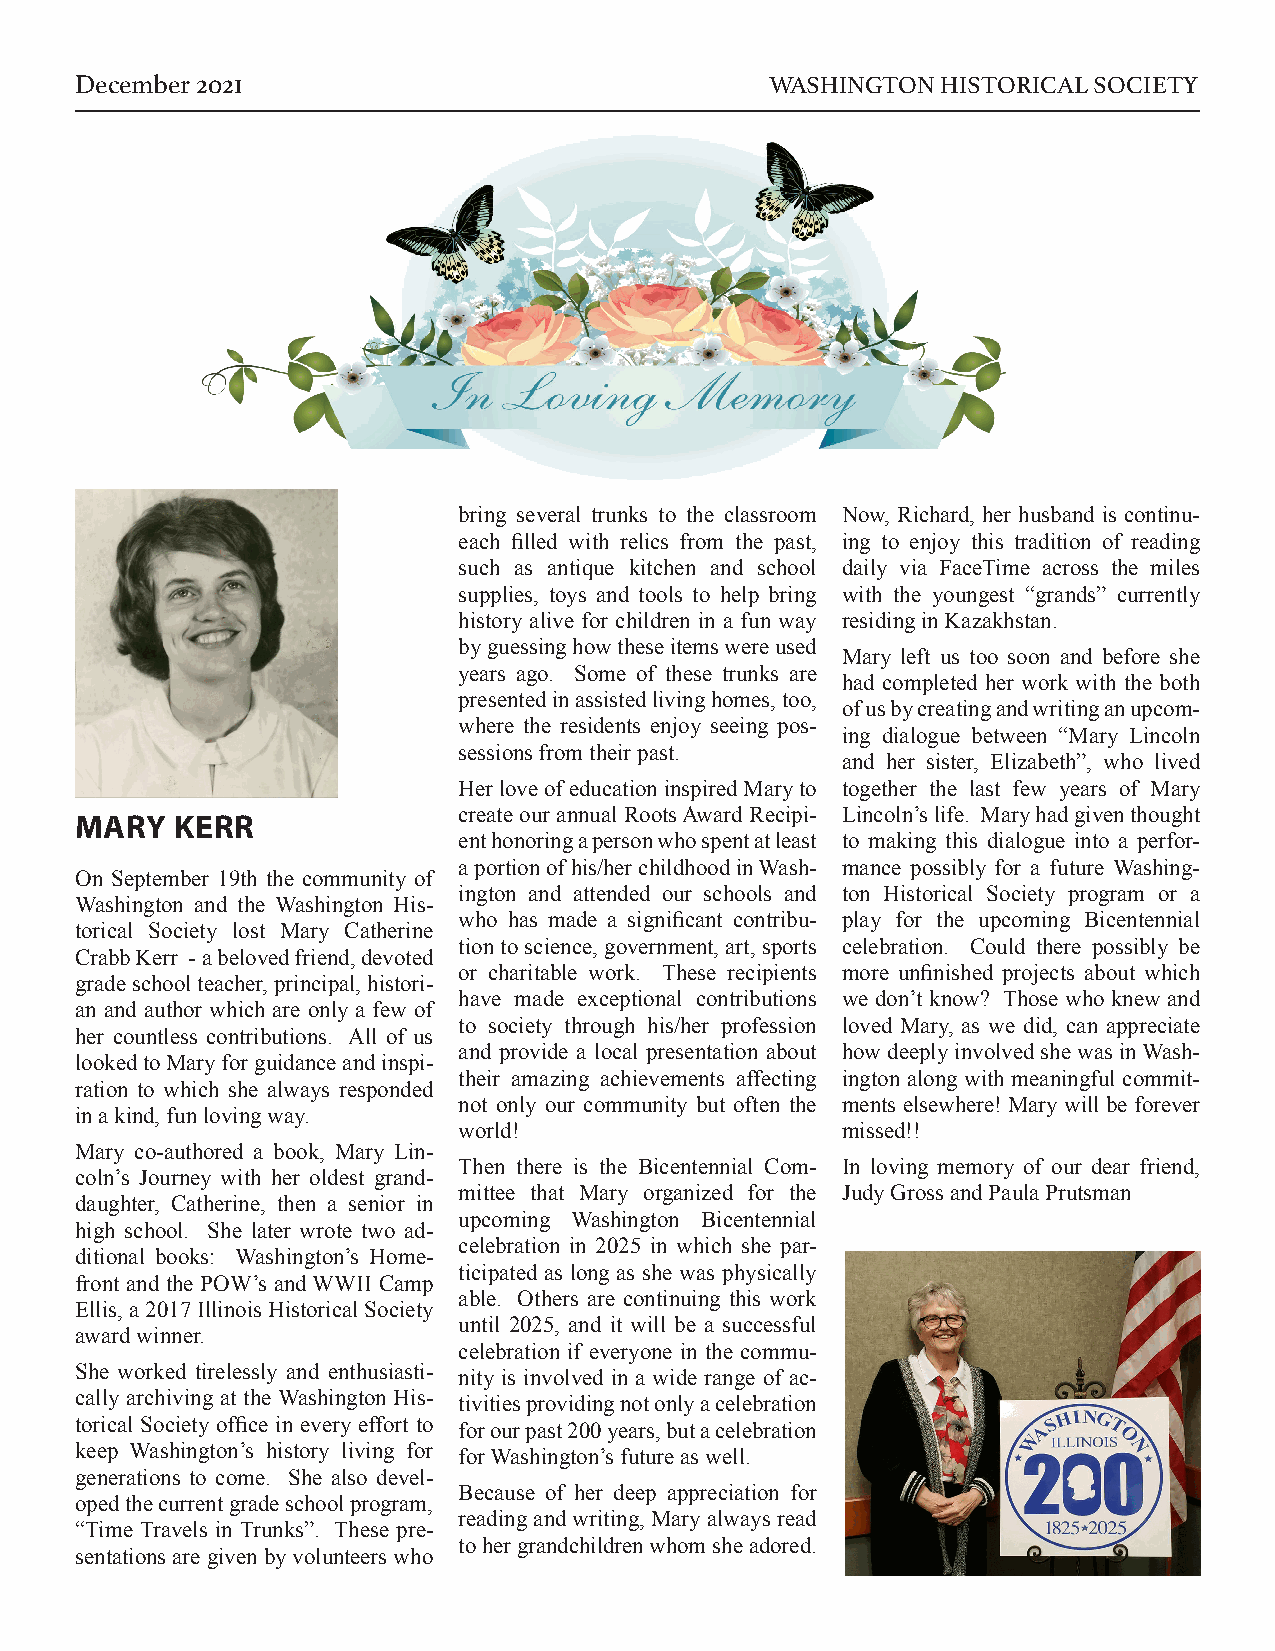
December 2021                                 WASHINGTON HISTORICAL SOCIETY
 bring several trunks to the classroom Now, Richard, her husband is continu-
 each filled with relics from the past, ing to enjoy this tradition of reading
 such as antique kitchen and school daily via FaceTime across the miles
 supplies, toys and tools to help bring with the youngest “grands” currently
 history alive for children in a fun way residing in Kazakhstan.
 by guessing how these items were used
 Mary left us too soon and before she
 years ago. Some of these trunks are
 had completed her work with the both
 presented in assisted living homes, too,
 of us by creating and writing an upcom-
 where the residents enjoy seeing pos-
 ing dialogue between “Mary Lincoln
 sessions from their past.
 and her sister, Elizabeth”, who lived
 Her love of education inspired Mary to together the last few years of Mary
 create our annual Roots Award Recipi- Lincoln’s life. Mary had given thought
 MARY   KERR
 ent honoring a person who spent at least to making this dialogue into a perfor-
 a portion of his/her childhood in Wash- mance possibly for a future Washing-
 On September 19th the community of
 ington and attended our schools and ton Historical Society program or a
 Washington and the Washington His-
 who has made a significant contribu- play for the upcoming Bicentennial
 torical Society lost Mary Catherine
 tion to science, government, art, sports celebration. Could there possibly be
 Crabb Kerr - a beloved friend, devoted
 or charitable work. These recipients more unfinished projects about which
 grade school teacher, principal, histori-
 have made exceptional contributions we don’t know? Those who knew and
 an and author which are only a few of
 to society through his/her profession loved Mary, as we did, can appreciate
 her countless contributions. All of us
 and provide a local presentation about how deeply involved she was in Wash-
 looked to Mary for guidance and inspi-
 their amazing achievements affecting ington along with meaningful commit-
 ration to which she always responded
 not only our community but often the ments elsewhere! Mary will be forever
 in a kind, fun loving way.
 world!                    missed!!
 Mary co-authored a book, Mary Lin-
 Then there is the Bicentennial Com- In loving memory of our dear friend,
 coln’s Journey with her oldest grand-
 mittee that Mary organized for the Judy Gross and Paula Prutsman
 daughter, Catherine, then a senior in
 upcoming Washington Bicentennial
 high school. She later wrote two ad-
 celebration in 2025 in which she par-
 ditional books: Washington’s Home-
 ticipated as long as she was physically
 front and the POW’s and WWII Camp
 able. Others are continuing this work
 Ellis, a 2017 Illinois Historical Society
 until 2025, and it will be a successful
 award winner.
 celebration if everyone in the commu-
 She worked tirelessly and enthusiasti- nity is involved in a wide range of ac-
 cally archiving at the Washington His- tivities providing not only a celebration
 torical Society office in every effort to for our past 200 years, but a celebration
 keep Washington’s history living for for Washington’s future as well.
 generations to come. She also devel-
 Because of her deep appreciation for
 oped the current grade school program,
 reading and writing, Mary always read
 “Time Travels in Trunks”. These pre-
 to her grandchildren whom she adored.
 sentations are given by volunteers who